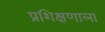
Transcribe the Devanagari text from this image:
प्रशिक्षणाला